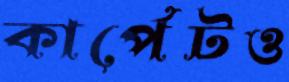
কার্পেটও